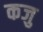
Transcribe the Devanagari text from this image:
कजु